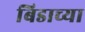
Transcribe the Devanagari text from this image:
बिडाच्या